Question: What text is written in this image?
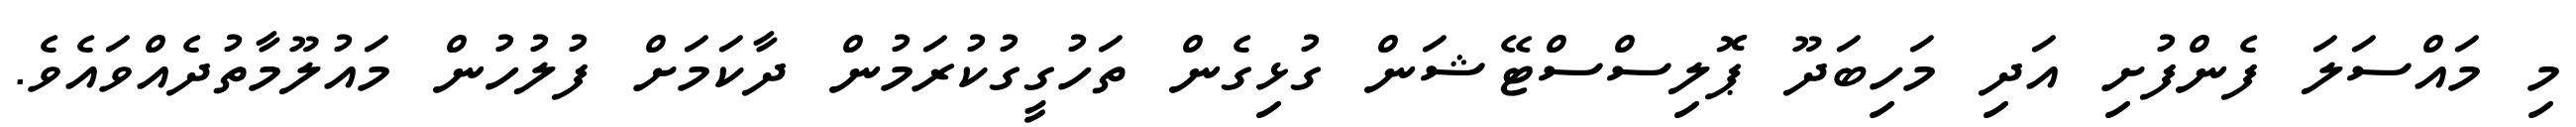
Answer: މި މައްސަލަ ފެންފުށި އަދި މަހިބަދޫ ޕޮލިސްސްޓޭޝަން ގުޅިގެން ތަހުގީގުކުރަމުން ދާކަމަށް ފުލުހުން މައުލޫމާތުދެއްވައެވެ.